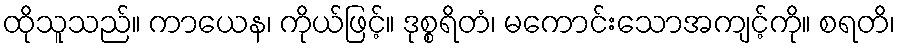
ထိုသူသည်။ ကာယေန၊ ကိုယ်ဖြင့်။ ဒုစ္စရိတံ၊ မကောင်းသောအကျင့်ကို။ စရတိ၊